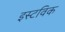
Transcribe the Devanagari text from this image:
इस्टविक